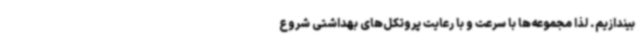
بیندازیم. لذا مجموعه‌ها با سرعت و با رعایت پروتکل‌های بهداشتی شروع